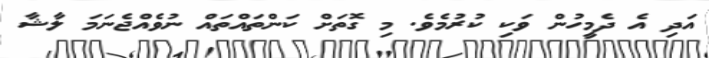
އަދި އެ ދެމީހުން ވަކި ކުރުމެވެ. މި ގޮތަށް ކަންތައްތައް ނުވެއްޖެނަމަ ލާޝާ